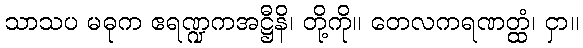
သာသပ မဓုက ဧရဏ္ဍကအဋ္ဌီနိ၊ တို့ကို။ တေလကရဏတ္ထံ၊ ငှာ။